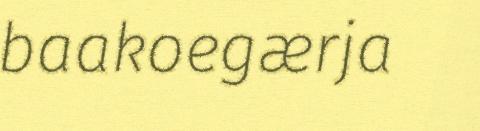
baakoegærja